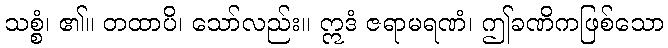
သစ္စံ၊ ၏။ တထာပိ၊ သော်လည်း။ ဣဒံ ဇရာမရဏံ၊ ဤခဏိကဖြစ်သော